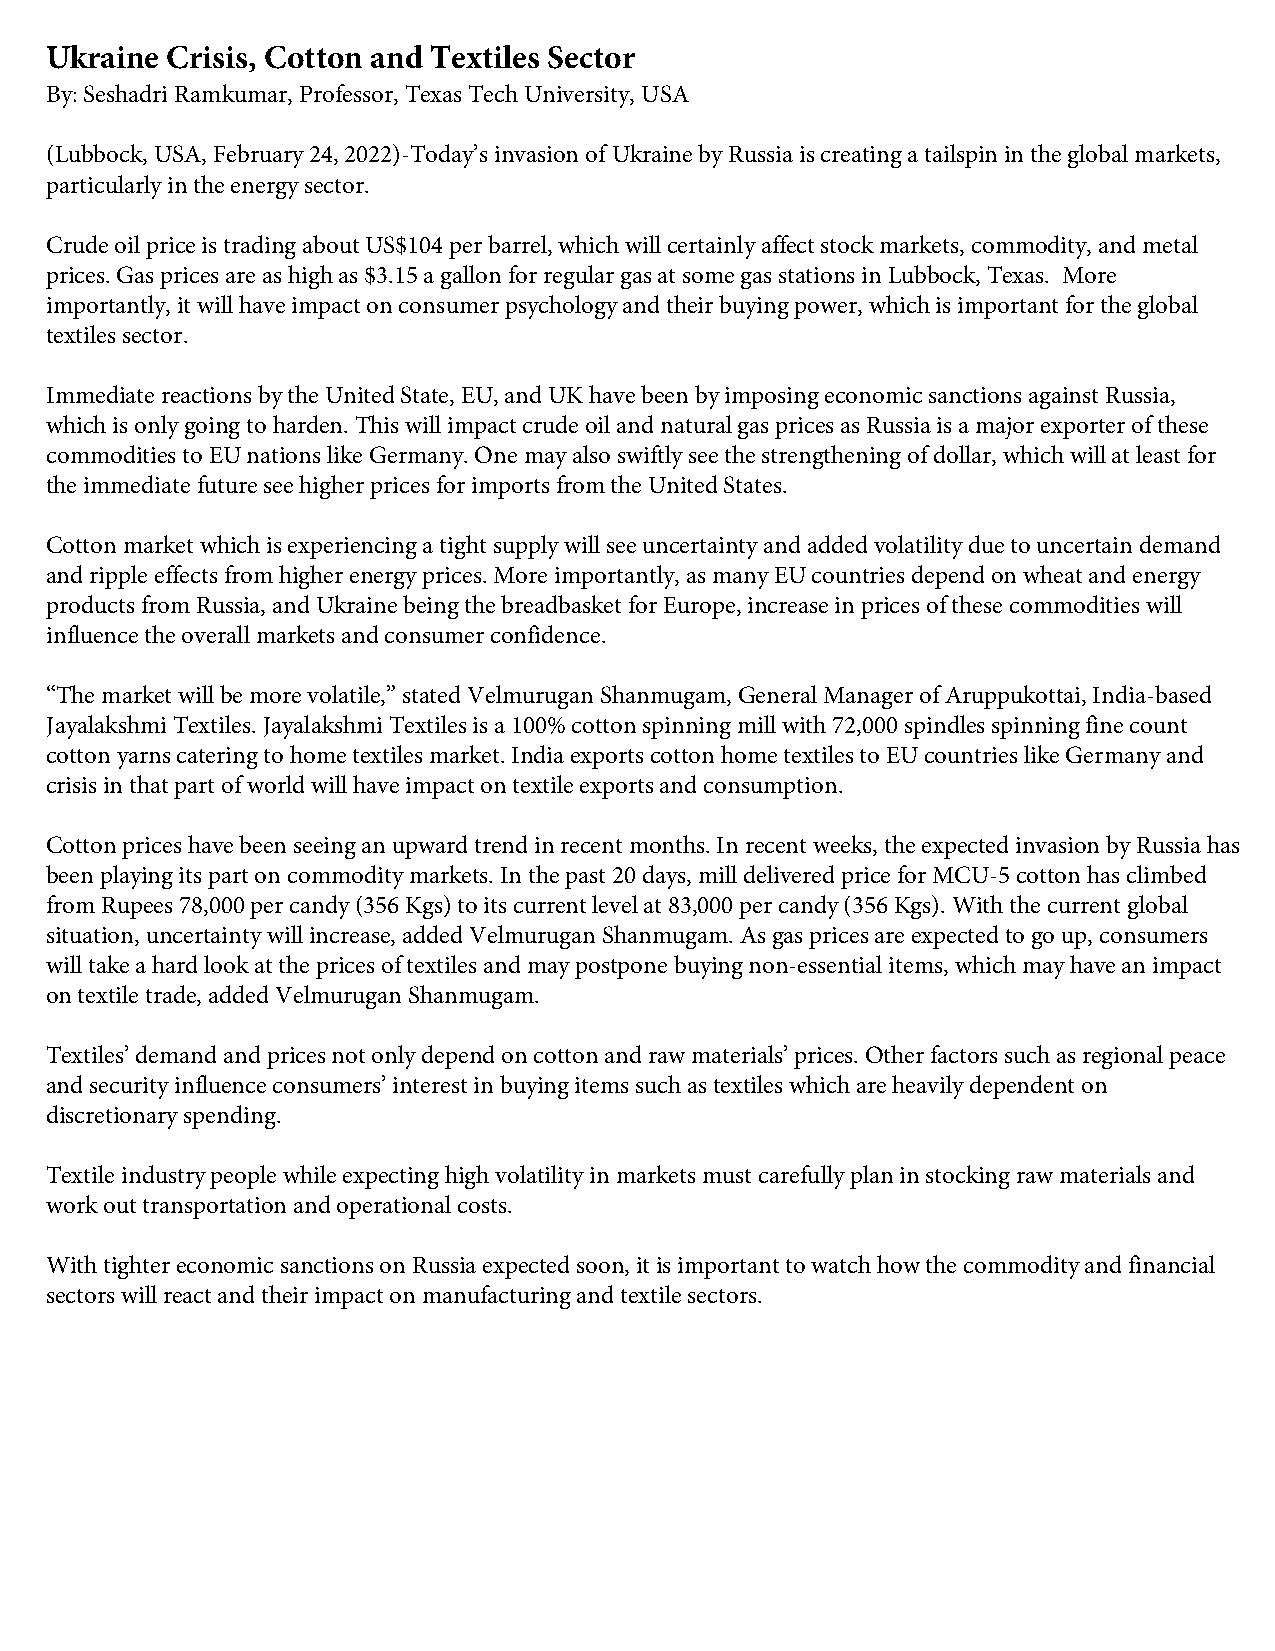
Ukraine Crisis, Cotton and Textiles Sector
 By: Seshadri Ramkumar, Professor, Texas Tech University, USA
 (Lubbock, USA, February 24, 2022)-Today’s invasion of Ukraine by Russia is creating a tailspin in the global markets,
 particularly in the energy sector.
 Crude oil price is trading about US$104 per barrel, which will certainly affect stock markets, commodity, and metal
 prices. Gas prices are as high as $3.15 a gallon for regular gas at some gas stations in Lubbock, Texas. More
 importantly, it will have impact on consumer psychology and their buying power, which is important for the global
 textiles sector.
 Immediate reactions by the United State, EU, and UK have been by imposing economic sanctions against Russia,
 which is only going to harden. This will impact crude oil and natural gas prices as Russia is a major exporter of these
 commodities to EU nations like Germany. One may also swiftly see the strengthening of dollar, which will at least for
 the immediate future see higher prices for imports from the United States.
 Cotton market which is experiencing a tight supply will see uncertainty and added volatility due to uncertain demand
 and ripple effects from higher energy prices. More importantly, as many EU countries depend on wheat and energy
 products from Russia, and Ukraine being the breadbasket for Europe, increase in prices of these commodities will
 influence the overall markets and consumer confidence.
 “The market will be more volatile,” stated Velmurugan Shanmugam, General Manager of Aruppukottai, India-based
 Jayalakshmi Textiles. Jayalakshmi Textiles is a 100% cotton spinning mill with 72,000 spindles spinning fine count
 cotton yarns catering to home textiles market. India exports cotton home textiles to EU countries like Germany and
 crisis in that part of world will have impact on textile exports and consumption.
 Cotton prices have been seeing an upward trend in recent months. In recent weeks, the expected invasion by Russia has
 been playing its part on commodity markets. In the past 20 days, mill delivered price for MCU-5 cotton has climbed
 from Rupees 78,000 per candy (356 Kgs) to its current level at 83,000 per candy (356 Kgs). With the current global
 situation, uncertainty will increase, added Velmurugan Shanmugam. As gas prices are expected to go up, consumers
 will take a hard look at the prices of textiles and may postpone buying non-essential items, which may have an impact
 on textile trade, added Velmurugan Shanmugam.
 Textiles’ demand and prices not only depend on cotton and raw materials’ prices. Other factors such as regional peace
 and security influence consumers’ interest in buying items such as textiles which are heavily dependent on
 discretionary spending.
 Textile industry people while expecting high volatility in markets must carefully plan in stocking raw materials and
 work out transportation and operational costs.
 With tighter economic sanctions on Russia expected soon, it is important to watch how the commodity and financial
 sectors will react and their impact on manufacturing and textile sectors.